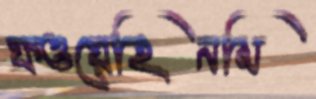
ফওয়েহিনমি